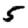
Digit: 5